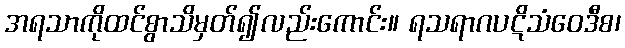
အရသာကိုထင်စွာသိမှတ်၍လည်းကောင်း။ ရသရာဂပဋိသံဝေဒီစ၊